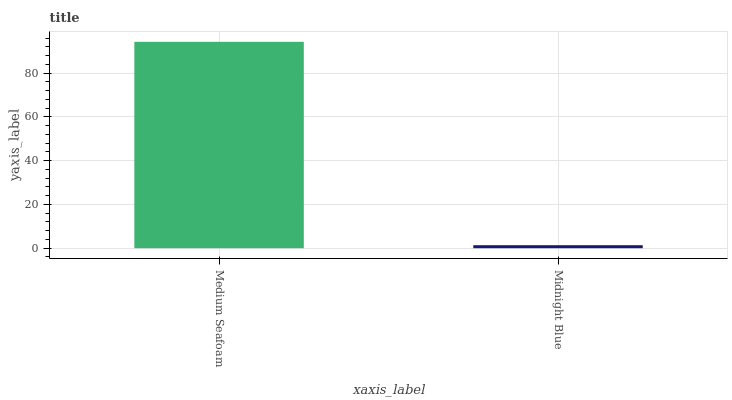
| xaxis_label | bars |
 | --- | --- |
 | Medium Seafoam | 94.3 |
 | Midnight Blue | 1.37 |